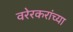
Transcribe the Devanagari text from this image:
वरेरकरांच्या